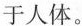
于人体。